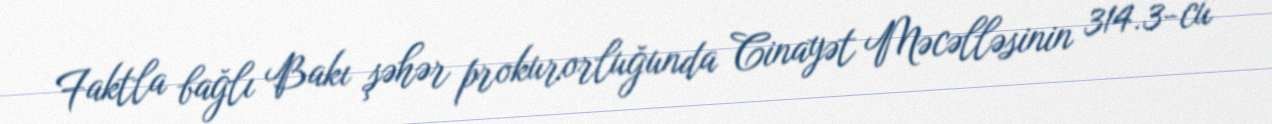
Faktla bağlı Bakı şəhər prokurorluğunda Cinayət Məcəlləsinin 314.3-cü